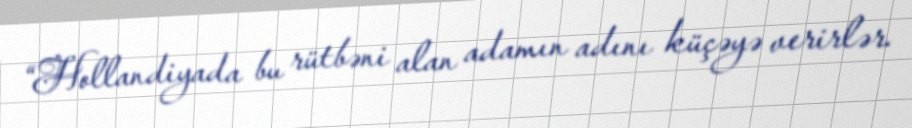
“Hollandiyada bu rütbəni alan adamın adını küçəyə verirlər.